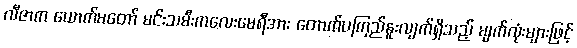
လီဇာက ယောက်မတော် မင်းသမီးကလေးမေရီအား တောက်ပကြည်နူးလျက်ရှိသည့် မျက်လုံးများဖြင့်